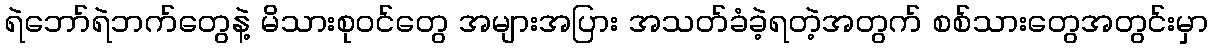
ရဲဘော်ရဲဘက်တွေနဲ့ မိသားစုဝင်တွေ အများအပြား အသတ်ခံခဲ့ရတဲ့အတွက် စစ်သားတွေအတွင်းမှာ